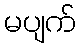
မပျက်